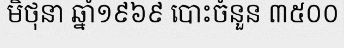
មិថុនា ឆ្នាំ១៩៦៩ បោះចំនួន ៣៥០០